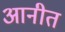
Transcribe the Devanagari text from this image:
आनीत